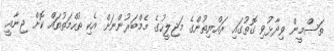
ތަސްމީން ވިދާޅުވި ގޮތުގައި ރައްޔިތުންގެ މަޖިލީހުގެ މެމްބަރުންނަށް އެކި ތުހްމަތުތައް ކޮށް ޖިނާއީ